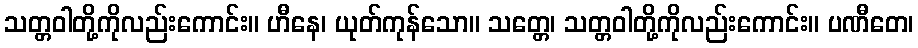
သတ္တဝါတို့ကိုလည်းကောင်း။ ဟီနေ၊ ယုတ်ကုန်သော။ သတ္တေ၊ သတ္တဝါတို့ကိုလည်းကောင်း။ ပဏီတေ၊